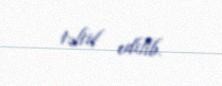
təltif edilib.